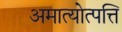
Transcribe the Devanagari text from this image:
अमात्योत्पत्ति